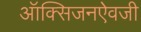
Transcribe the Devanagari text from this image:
ऑक्सिजनऐवजी